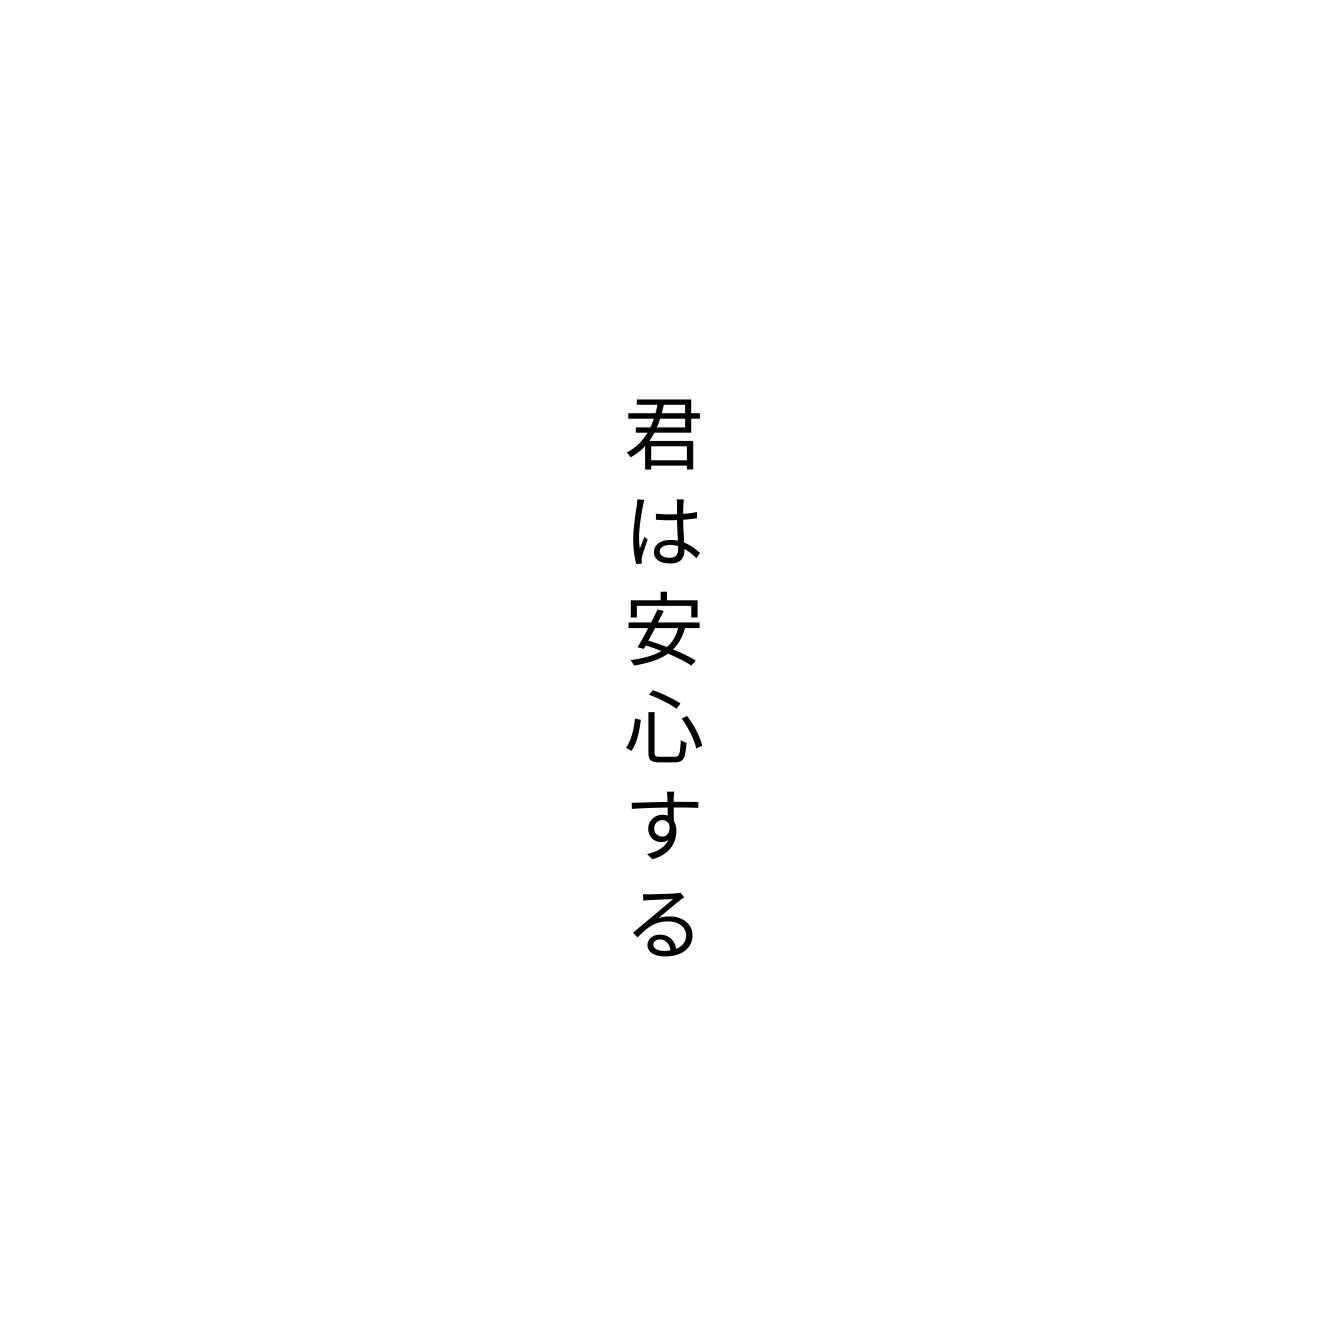
君は安心する